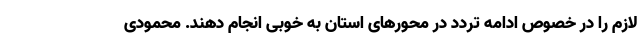
لازم را در خصوص ادامه تردد در محورهای استان به خوبی انجام دهند. محمودی